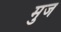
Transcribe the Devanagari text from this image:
मुज